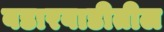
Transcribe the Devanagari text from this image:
वडारवाडीतील